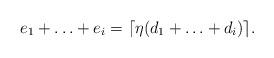
LaTeX: \begin{align*} e_1+\ldots + e_i=\lceil \eta (d_1+\ldots +d_i)\rceil. \end{align*}